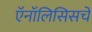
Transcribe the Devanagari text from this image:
ऍनॉलिसिसचे